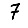
Digit: 7